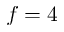
f = 4